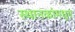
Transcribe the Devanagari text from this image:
स्थानकांमधून